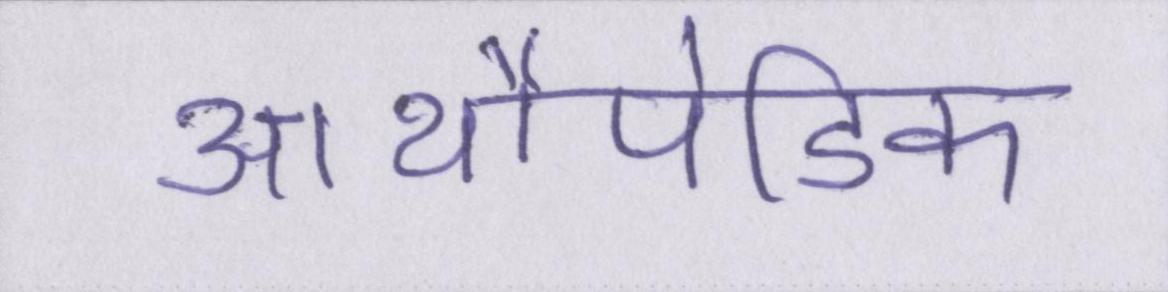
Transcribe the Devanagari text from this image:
आर्थोपेडिक